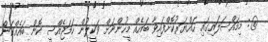
@: މިމައްސަލައިގައި ހައްޔަރުކޮށްފައިވާ ބައެއް މީހުންނަށް ވަކީލުން ހަމަޖެއްސީ ކޮން ބައެއްކަން